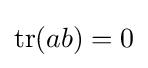
\operatorname {tr} (ab)=0